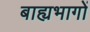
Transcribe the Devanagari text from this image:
बाह्यभागों